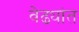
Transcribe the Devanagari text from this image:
वेढ्यांत